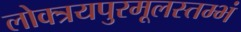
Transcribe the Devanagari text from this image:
लोक्त्रयपुरमूलस्तम्भं